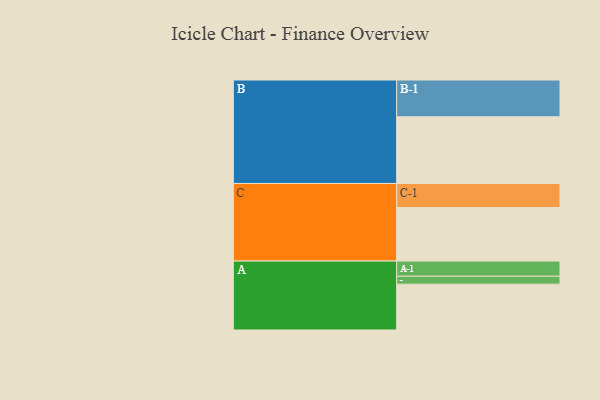
{"axis": {"x": "Segment", "y": "Value"}, "legend": ["", "A", "B", "C"], "data": [{"x": "A", "y": 360, "type": ""}, {"x": "B", "y": 523, "type": ""}, {"x": "C", "y": 420, "type": ""}, {"x": "A-1", "y": 119, "type": "A"}, {"x": "A-2", "y": 62, "type": "A"}, {"x": "B-1", "y": 289, "type": "B"}, {"x": "C-1", "y": 189, "type": "C"}]}